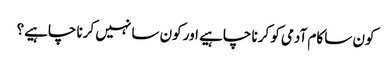
کون سا کام آدمی کو کرنا چاہیے اور کون سا نہیں کرنا چاہیے؟